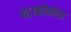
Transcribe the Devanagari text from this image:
था।कोकोडा